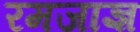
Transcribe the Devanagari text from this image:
रमजाज्ञ